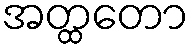
အတ္ထတော